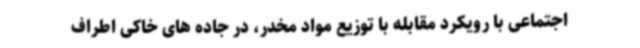
اجتماعی با رویکرد مقابله با توزیع مواد مخدر، در جاده های خاکی اطراف